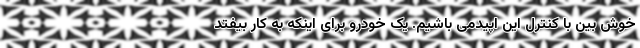
خوش بین با کنترل این اپیدمی باشیم. یک خودرو برای اینکه به کار بیفتد